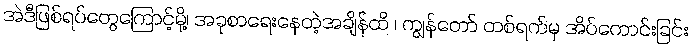
အဲဒီဖြစ်ရပ်တွေကြောင့်မို့၊ အခုစာရေးနေတဲ့အချိန်ထိ ၊ ကျွန်တော် တစ်ရက်မှ အိပ်ကောင်းခြင်း